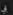
بي